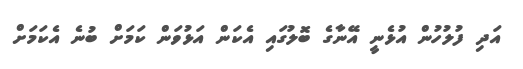
އަދި ފުލުހުން އުޅެނީ އޭނާގެ ބޮލުގައި އެކަން އަޅުވަން ކަމަށް ބުނެ އެކަމަށް